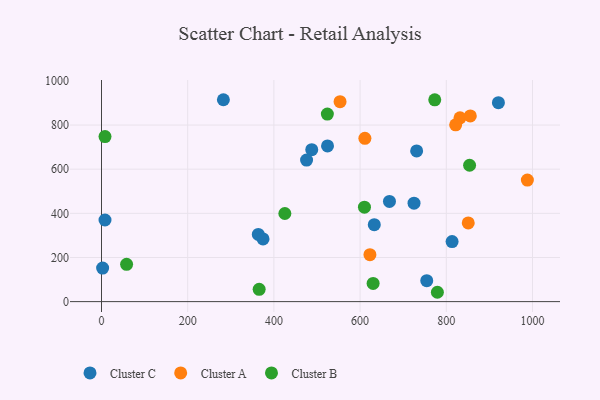
{"axis": {"x": "Distance", "y": "Salary"}, "legend": ["Cluster A", "Cluster B", "Cluster C"], "data": [{"x": "725.1", "y": 445.9, "type": "Cluster C"}, {"x": "524.4", "y": 705.3, "type": "Cluster C"}, {"x": "363.8", "y": 304.3, "type": "Cluster C"}, {"x": "920.9", "y": 901.5, "type": "Cluster C"}, {"x": "8.1", "y": 369.7, "type": "Cluster C"}, {"x": "813.4", "y": 271.9, "type": "Cluster C"}, {"x": "2.6", "y": 151.9, "type": "Cluster C"}, {"x": "632.9", "y": 348.8, "type": "Cluster C"}, {"x": "487.8", "y": 688.6, "type": "Cluster C"}, {"x": "475.8", "y": 641.4, "type": "Cluster C"}, {"x": "374.8", "y": 284.0, "type": "Cluster C"}, {"x": "754.6", "y": 94.7, "type": "Cluster C"}, {"x": "731.2", "y": 682.8, "type": "Cluster C"}, {"x": "282.8", "y": 914.8, "type": "Cluster C"}, {"x": "668.1", "y": 453.9, "type": "Cluster C"}, {"x": "850.9", "y": 356.5, "type": "Cluster A"}, {"x": "988.1", "y": 550.9, "type": "Cluster A"}, {"x": "553.5", "y": 905.8, "type": "Cluster A"}, {"x": "831.8", "y": 832.9, "type": "Cluster A"}, {"x": "821.7", "y": 801.0, "type": "Cluster A"}, {"x": "611.1", "y": 739.8, "type": "Cluster A"}, {"x": "622.8", "y": 212.8, "type": "Cluster A"}, {"x": "855.7", "y": 841.3, "type": "Cluster A"}, {"x": "779.3", "y": 42.3, "type": "Cluster B"}, {"x": "630.2", "y": 82.2, "type": "Cluster B"}, {"x": "773.2", "y": 914.2, "type": "Cluster B"}, {"x": "58.2", "y": 169.0, "type": "Cluster B"}, {"x": "524.0", "y": 849.9, "type": "Cluster B"}, {"x": "8.1", "y": 747.7, "type": "Cluster B"}, {"x": "854.0", "y": 617.9, "type": "Cluster B"}, {"x": "365.8", "y": 55.8, "type": "Cluster B"}, {"x": "610.1", "y": 428.1, "type": "Cluster B"}, {"x": "425.4", "y": 399.2, "type": "Cluster B"}]}